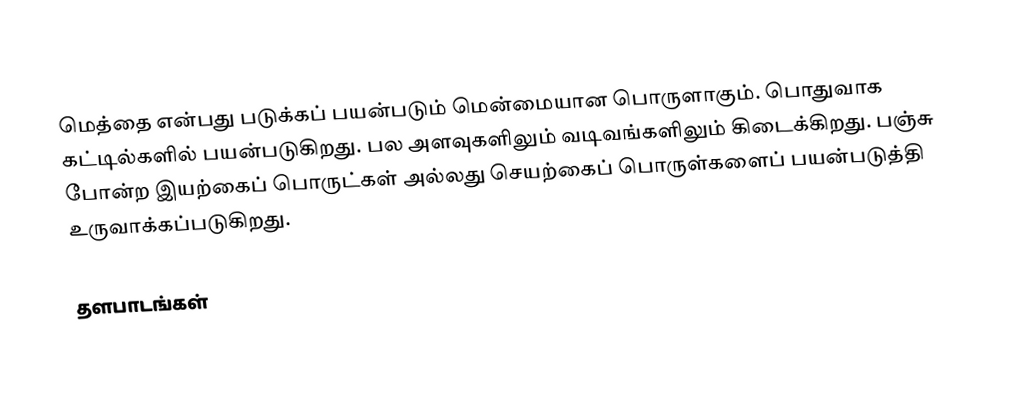
மெத்தை என்பது படுக்கப் பயன்படும் மென்மையான பொருளாகும். பொதுவாக கட்டில்களில் பயன்படுகிறது. பல அளவுகளிலும் வடிவங்களிலும் கிடைக்கிறது. பஞ்சு போன்ற இயற்கைப் பொருட்கள் அல்லது செயற்கைப் பொருள்களைப் பயன்படுத்தி உருவாக்கப்படுகிறது.

தளபாடங்கள்